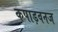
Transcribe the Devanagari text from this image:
कपाड़वनज